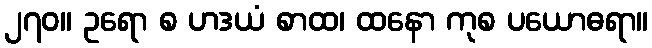
၂၇၀။ ဥရော စ ဟဒယံ စာထ၊ ထနော ကုစ ပယောဓရာ။